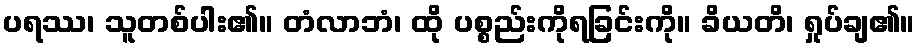
ပရဿ၊ သူတစ်ပါး၏။ တံလာဘံ၊ ထို ပစ္စည်းကိုရခြင်းကို။ ခိယတိ၊ ရှုပ်ချ၏။